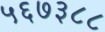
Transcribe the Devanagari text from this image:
५६७३८८